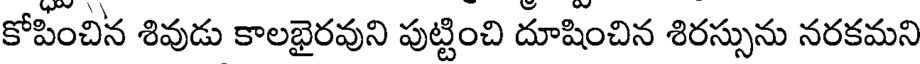
కోపించిన శివుడు కాలభైరవుని పుట్టించి దూషించిన శిరస్సును నరకమని